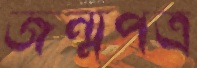
জন্মপত্র